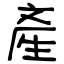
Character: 產